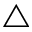
\triangle